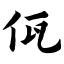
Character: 佤